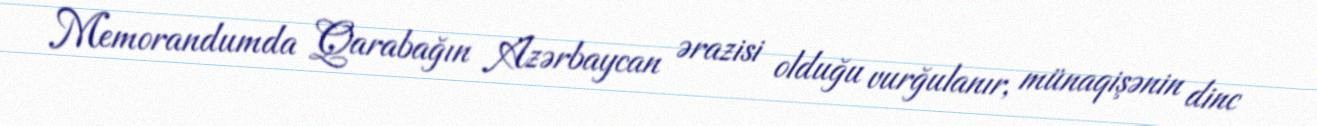
Memorandumda Qarabağın Azərbaycan ərazisi olduğu vurğulanır, münaqişənin dinc